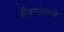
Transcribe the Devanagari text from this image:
मीनप्पांमध्ये